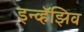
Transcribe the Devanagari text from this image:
इन्व्हॅझिव